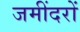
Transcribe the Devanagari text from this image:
जमींदरों